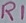
Text: R1